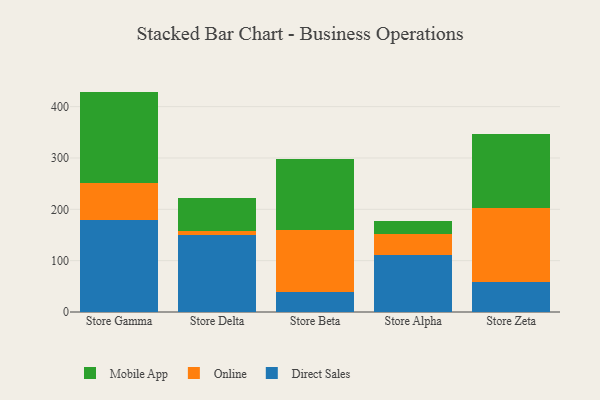
{"axis": {"x": "Store", "y": "Revenue (USD Million)"}, "legend": ["Direct Sales", "Mobile App", "Online"], "data": [{"x": "Store Gamma", "y": 179.4, "type": "Direct Sales"}, {"x": "Store Gamma", "y": 72.1, "type": "Online"}, {"x": "Store Gamma", "y": 177.8, "type": "Mobile App"}, {"x": "Store Delta", "y": 149.3, "type": "Direct Sales"}, {"x": "Store Delta", "y": 7.6, "type": "Online"}, {"x": "Store Delta", "y": 64.8, "type": "Mobile App"}, {"x": "Store Beta", "y": 38.6, "type": "Direct Sales"}, {"x": "Store Beta", "y": 120.3, "type": "Online"}, {"x": "Store Beta", "y": 139.2, "type": "Mobile App"}, {"x": "Store Alpha", "y": 111.8, "type": "Direct Sales"}, {"x": "Store Alpha", "y": 40.3, "type": "Online"}, {"x": "Store Alpha", "y": 25.7, "type": "Mobile App"}, {"x": "Store Zeta", "y": 58.4, "type": "Direct Sales"}, {"x": "Store Zeta", "y": 145.0, "type": "Online"}, {"x": "Store Zeta", "y": 143.8, "type": "Mobile App"}]}